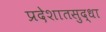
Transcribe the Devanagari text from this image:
प्रदेशातसुद्धा